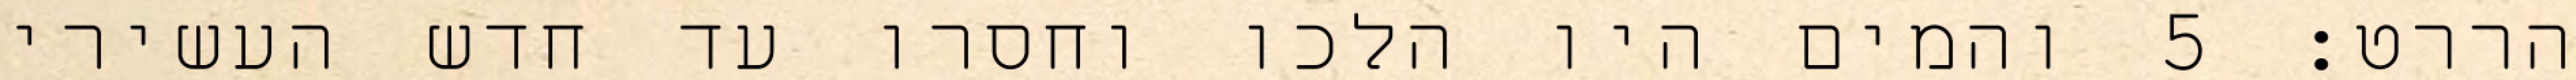
הררט׃ ‎5‏ והמים היו הלכו וחסרו עד חדש העשירי